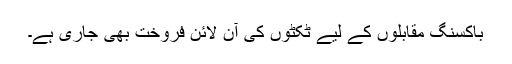
باکسنگ مقابلوں کے لیے ٹکٹوں کی آن لائن فروخت بھی جاری ہے۔